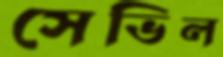
সেভিল